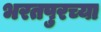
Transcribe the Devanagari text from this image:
भरतपुरच्या